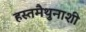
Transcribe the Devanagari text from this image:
हस्तमैथुनाशी